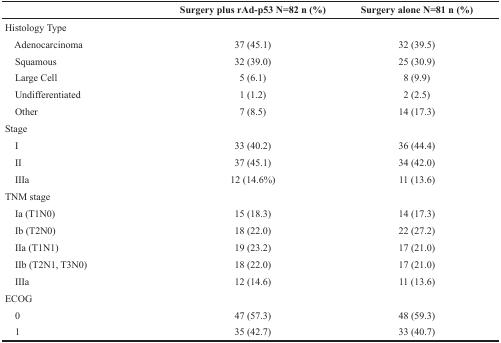
<table><thead><tr><td></td><td><b>Surgery plus rAd-p53 N=82 n (%)</b></td><td><b>Surgery alone N=81 n (%)</b></td></tr></thead><tbody><tr><td>Histology Type</td><td></td><td></td></tr><tr><td> Adenocarcinoma</td><td>37 (45.1)</td><td>32 (39.5)</td></tr><tr><td> Squamous</td><td>32 (39.0)</td><td>25 (30.9)</td></tr><tr><td> Large Cell</td><td>5 (6.1)</td><td>8 (9.9)</td></tr><tr><td> Undifferentiated</td><td>1 (1.2)</td><td>2 (2.5)</td></tr><tr><td> Other</td><td>7 (8.5)</td><td>14 (17.3)</td></tr><tr><td>Stage</td><td></td><td></td></tr><tr><td> I</td><td>33 (40.2)</td><td>36 (44.4)</td></tr><tr><td> II</td><td>37 (45.1)</td><td>34 (42.0)</td></tr><tr><td> IIIa</td><td>12 (14.6%)</td><td>11 (13.6)</td></tr><tr><td>TNM stage</td><td></td><td></td></tr><tr><td> Ia (T1N0)</td><td>15 (18.3)</td><td>14 (17.3)</td></tr><tr><td> Ib (T2N0)</td><td>18 (22.0)</td><td>22 (27.2)</td></tr><tr><td> IIa (T1N1)</td><td>19 (23.2)</td><td>17 (21.0)</td></tr><tr><td> IIb (T2N1, T3N0)</td><td>18 (22.0)</td><td>17 (21.0)</td></tr><tr><td> IIIa</td><td>12 (14.6)</td><td>11 (13.6)</td></tr><tr><td>ECOG</td><td></td><td></td></tr><tr><td> 0</td><td>47 (57.3)</td><td>48 (59.3)</td></tr><tr><td> 1</td><td>35 (42.7)</td><td>33 (40.7)</td></tr></tbody></table>